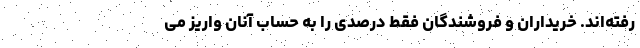
رفته‌اند. خریداران و فروشندگان فقط درصدی را به حساب آنان واریز می